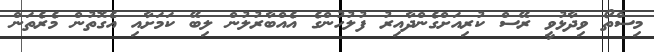
މިސްތޯ ވިދާޅުވީ ރޭސް ކުރިއަށްގެންދާއިރު ފުލުހުންގެ އެއްބާރުލުން ލިބޭ ކަމަށާއި އެގޮތުން މެރެތަން